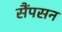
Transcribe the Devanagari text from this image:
सैंपसन